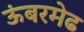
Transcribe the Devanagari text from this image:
ऊंबरमेढ